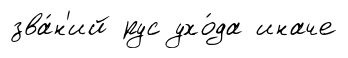
зва́н'ий рус ухо́да иначе